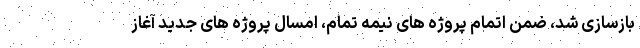
بازسازی شد، ضمن اتمام پروژه های نیمه تمام، امسال پروژه های جدید آغاز